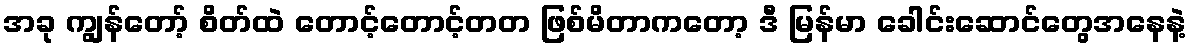
အခု ကျွန်တော့် စိတ်ထဲ တောင့်တောင့်တတ ဖြစ်မိတာကတော့ ဒီ မြန်မာ ခေါင်းဆောင်တွေအနေနဲ့